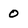
Character: 0